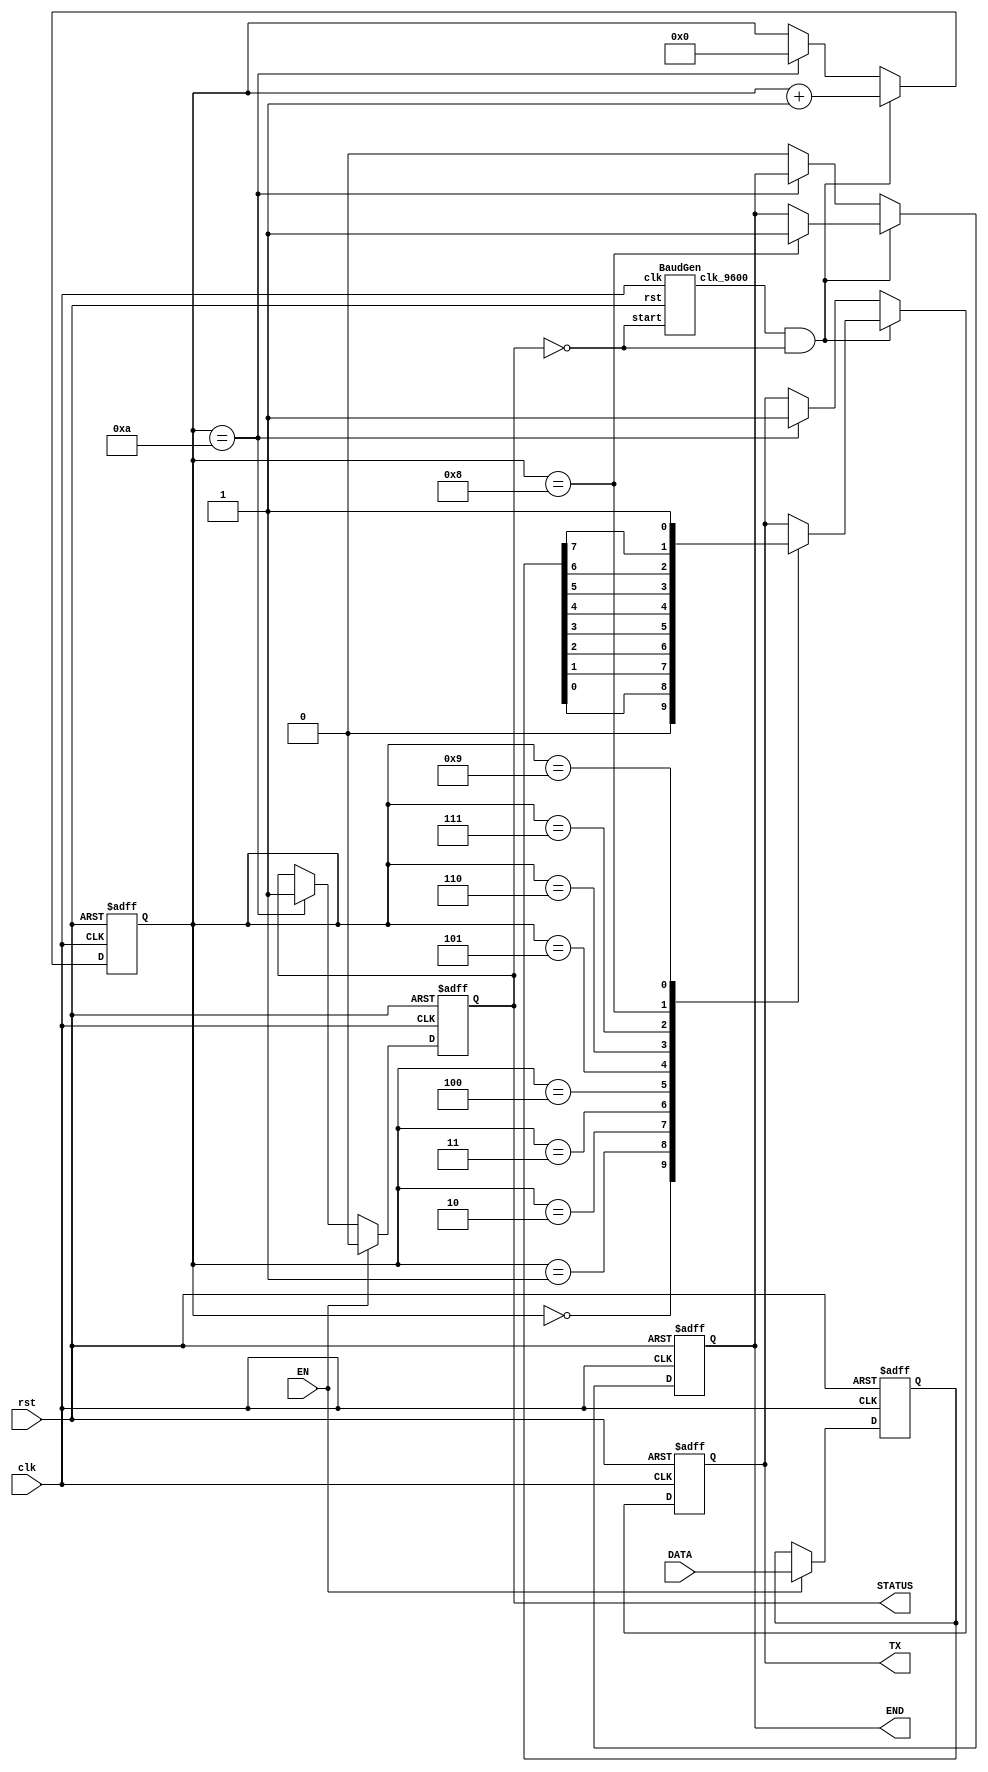
module UART_TX(clk,TX,DATA,EN,STATUS,END,rst);

    input clk;              //
    input rst;
    input [7:0]DATA;        //
    input EN;               //
    output reg TX;          //
    output reg STATUS;      //TX
    output reg END;         //TX
    //TX

    wire clk_9600;         //

    BaudGen TXbg(.clk(clk),
        .clk_9600(clk_9600),
        .start(~STATUS),
        .rst(rst));

    reg [3:0]TX_num;
    reg [7:0]TX_DATA;

    initial
    begin
        TX<=1'b1;
        STATUS<=1;
        END<=0;
        TX_num<=4'h0;
    end

    always @(posedge clk or posedge rst) begin
        if (rst) begin
            // reset
            STATUS<=1;
            TX_DATA<=8'h00;
        end else if (EN) begin   //EN
            TX_DATA<=DATA;
            STATUS<=0;
        end else if (TX_num==4'hA) begin
            STATUS<=1;
        end
    end

    always @(posedge clk or posedge rst) begin//
        if (rst) begin
            // reset
            TX<=1'b1;
            TX_num<=0;
            END<=1'b0;
        end
        else if (clk_9600&&(~STATUS)) begin
            TX_num<=TX_num+4'h1;
            case(TX_num)
                4'h0: TX<=1'b0;         //
                4'h1: TX<=TX_DATA[0];
                4'h2: TX<=TX_DATA[1];
                4'h3: TX<=TX_DATA[2];
                4'h4: TX<=TX_DATA[3];
                4'h5: TX<=TX_DATA[4];
                4'h6: TX<=TX_DATA[5];
                4'h7: TX<=TX_DATA[6];
                4'h8: begin
                    TX<=TX_DATA[7];
                    END<=1'b1;
                end
                4'h9: TX<=1'b1;
                default: ;
            endcase
        end
        else if (TX_num==4'hA) begin
            TX_num<=4'h0;
            TX<=1'b1;
        end
        else END<=0;
    end
endmodule

module UART_RX(clk,RX,DATA,STATUS,rst);
    input clk;              //
    input RX;               //
    input rst;
    output reg [7:0]DATA;   //8
    output reg STATUS;      //RX

    wire clk_9600;          //
    reg start;              //RX
    reg [7:0]temp_DATA;
    reg [3:0]RX_num;        //

    BaudGen RXbg(.clk(clk),
        .clk_9600(clk_9600),
        .start(start),
        .rst(rst));

    always @(posedge clk or posedge rst) begin
        if (rst) begin
            // reset
            start<=1'b0;
        end
        else if (~RX) begin
            start<=1'b1;    ////
        end
        else if (RX_num==4'hA)begin
            start<=1'b0;    //
        end
    end

    always @(posedge clk or posedge rst) begin
        if (rst) begin
            // reset
            STATUS<=0;
            DATA<=8'h00;
            temp_DATA<=8'h00;
            RX_num<=4'h0;
        end
        else if (clk_9600&&start) begin
            RX_num<=RX_num+4'h1;
            case(RX_num)
                4'h1: temp_DATA[0] <= RX;
                4'h2: temp_DATA[1] <= RX;
                4'h3: temp_DATA[2] <= RX;
                4'h4: temp_DATA[3] <= RX;
                4'h5: temp_DATA[4] <= RX;
                4'h6: temp_DATA[5] <= RX;
                4'h7: temp_DATA[6] <= RX;
                4'h8: temp_DATA[7] <= RX;
                default: ;
            endcase
        end
        else if(RX_num==4'hA)begin
            RX_num<=0;
            STATUS<=1;
            DATA<=temp_DATA;
        end
        else STATUS<=0;
    end
endmodule

module BaudGen(clk,clk_9600,start,rst);
    // clk should be 27MHz
    // start, rst, 
    // 9600Hz 
    input rst;
    input start;
    input clk;
    output reg clk_9600;
    reg [15:0]state;

    initial
    begin
        clk_9600 <= 0;
        state <= 0;
    end

    always@(posedge clk or posedge rst) begin
        // Counter, period is 1/9600s
        if(rst) begin
            state<=0;
        end
        else if(state==2812 || !start) begin//2812
            state<=0;
        end
        else begin
            state<=state+16'd1;        
        end
    end

    always @(posedge clk or posedge rst) begin
        // generate 50%-duty 9600Hz clock, half the counter
        if (rst) begin
            clk_9600<=0;
        end
        else if (state==1406) begin//1406
            clk_9600<=1;
        end
        else begin
            clk_9600<=0;
        end
    end
endmodule